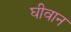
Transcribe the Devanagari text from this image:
घीवान